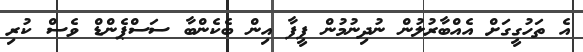
އެ ތަހުގީގަށް އެއްބާރުލުން ނުދިނުމުން ފީފާ އިން ބެކެންބާ ސަސްޕެންޑް ވެސް ކުރި